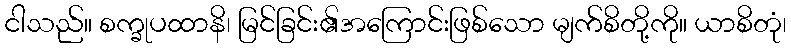
ငါသည်။ စက္ခုပထာနိ၊ မြင်ခြင်း၏အကြောင်းဖြစ်သော မျက်စိတို့ကို။ ယာစိတုံ၊